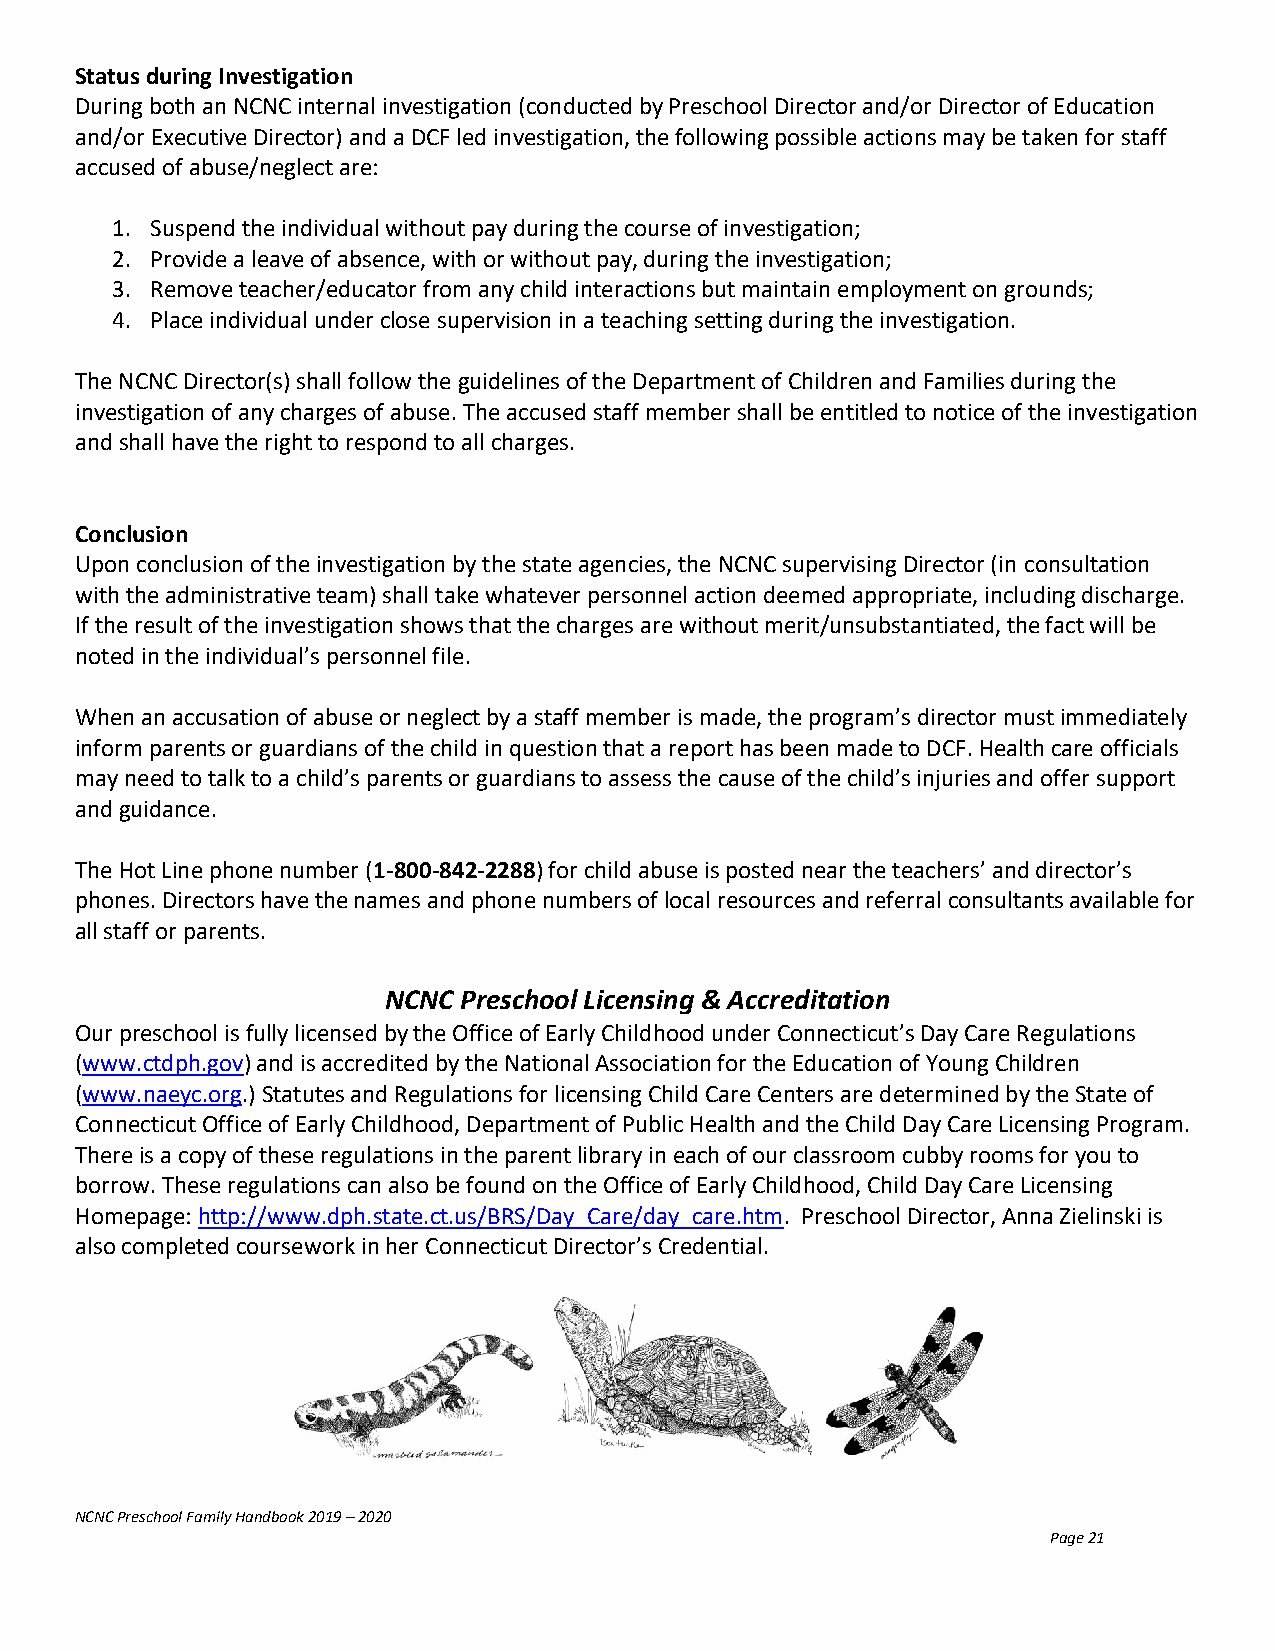
Status during Investigation
 During both an NCNC internal investigation (conducted by Preschool Director and/or Director of Education
 and/or Executive Director) and a DCF led investigation, the following possible actions may be taken for staff
 accused of abuse/neglect are:
 1. Suspend the individual without pay during the course of investigation;
 2. Provide a leave of absence, with or without pay, during the investigation;
 3. Remove teacher/educator from any child interactions but maintain employment on grounds;
 4. Place individual under close supervision in a teaching setting during the investigation.
 The NCNC Director(s) shall follow the guidelines of the Department of Children and Families during the
 investigation of any charges of abuse. The accused staff member shall be entitled to notice of the investigation
 and shall have the right to respond to all charges.
 Conclusion
 Upon conclusion of the investigation by the state agencies, the NCNC supervising Director (in consultation
 with the administrative team) shall take whatever personnel action deemed appropriate, including discharge.
 If the result of the investigation shows that the charges are without merit/unsubstantiated, the fact will be
 noted in the individual’s personnel file.
 When an accusation of abuse or neglect by a staff member is made, the program’s director must immediately
 inform parents or guardians of the child in question that a report has been made to DCF. Health care officials
 may need to talk to a child’s parents or guardians to assess the cause of the child’s injuries and offer support
 and guidance.
 The Hot Line phone number (1-800-842-2288) for child abuse is posted near the teachers’ and director’s
 phones. Directors have the names and phone numbers of local resources and referral consultants available for
 all staff or parents.
 NCNC Preschool Licensing & Accreditation
 Our preschool is fully licensed by the Office of Early Childhood under Connecticut’s Day Care Regulations
 (www.ctdph.gov) and is accredited by the National Association for the Education of Young Children
 (www.naeyc.org.) Statutes and Regulations for licensing Child Care Centers are determined by the State of
 Connecticut Office of Early Childhood, Department of Public Health and the Child Day Care Licensing Program.
 There is a copy of these regulations in the parent library in each of our classroom cubby rooms for you to
 borrow. These regulations can also be found on the Office of Early Childhood, Child Day Care Licensing
 Homepage: http://www.dph.state.ct.us/BRS/Day_Care/day_care.htm. Preschool Director, Anna Zielinski is
 also completed coursework in her Connecticut Director’s Credential.
 NCNC Preschool Family Handbook 2019 – 2020
 Page 21